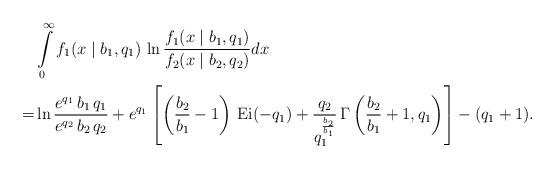
LaTeX: \begin{align*} & \int\limits_{0}^{\infty} f_1(x \mid b_1, q_1) \, \ln \frac{f_1(x \mid b_1, q_1)}{f_2(x \mid b_2, q_2)} dx \\= & \ln \frac{e^{q_1} \, b_1 \, q_1}{e^{q_2} \, b_2 \, q_2}+ e^{q_1} \left[ \left(\frac{b_2}{b_1} - 1 \right) \, \operatorname{Ei}(- q_1) + \frac{q_2}{q_1^{\frac{b_2}{b_1}}} \, \Gamma \left(\frac{b_2}{b_1}+1, q_1 \right) \right]- (q_1 + 1).\end{align*}